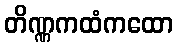
တိဏ္ဏကထံကထော